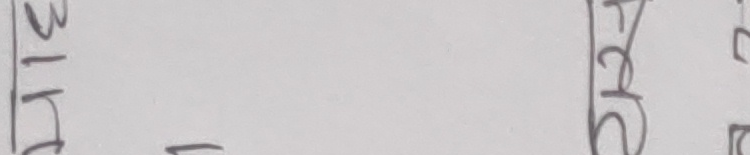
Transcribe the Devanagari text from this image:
मिति सरे